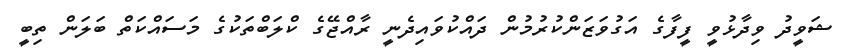
ޝަވީދު ވިދާޅުވީ ފީފާގެ އަގުވަޒަންކުރުމުން ދައްކުވައިދެނީ ރާއްޖޭގެ ކްލަބްތަކުގެ މަސައްކަތް ބަލަން ތިބީ